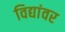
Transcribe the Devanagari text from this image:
विद्यांवर